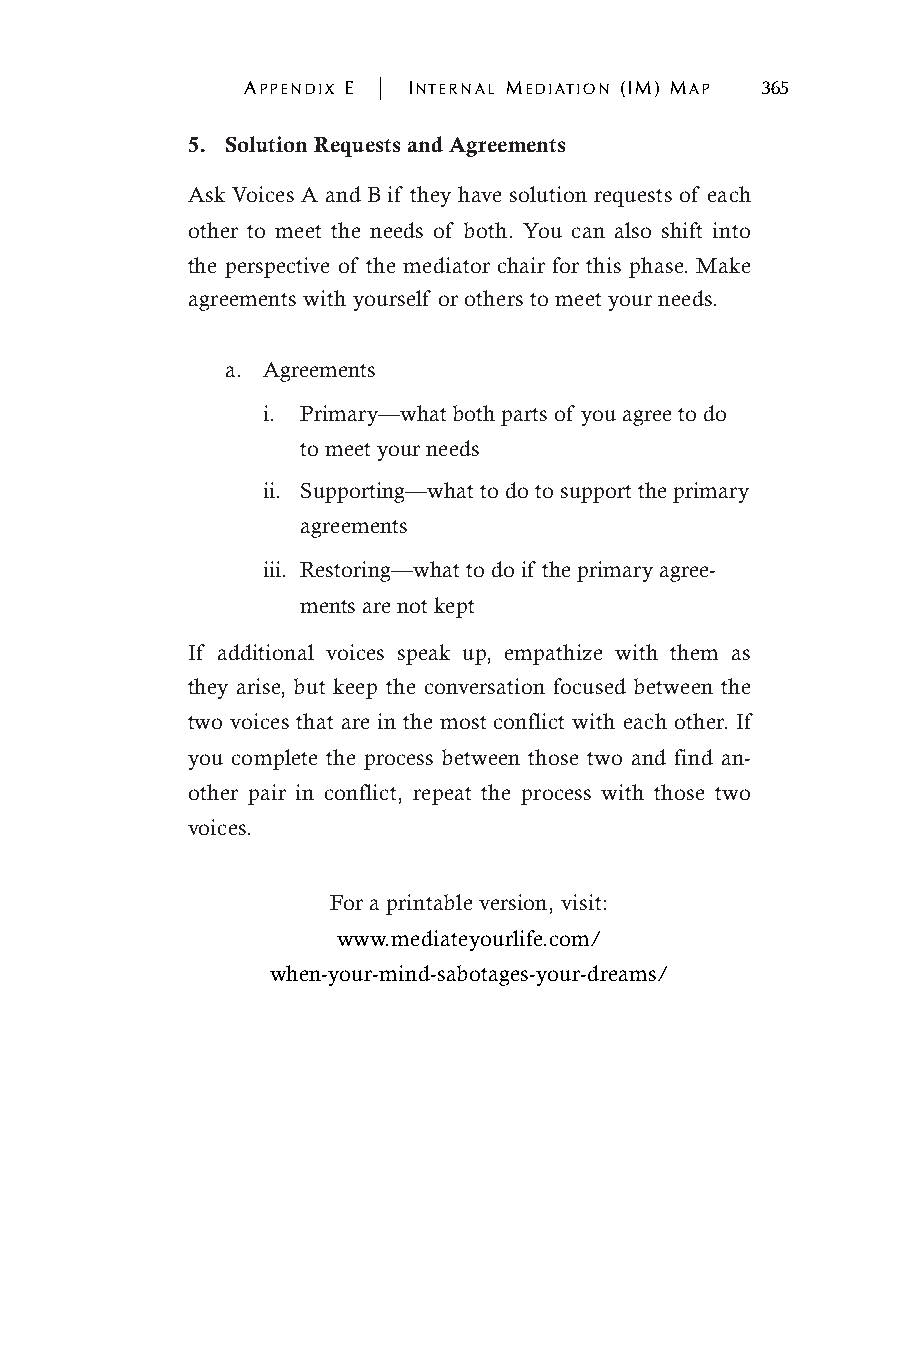
APPENDIX E | INTERNAL MEDIATION (IM) MAP 365
 5. Solution Requests and Agreements
 Ask Voices A and B if they have solution requests of each
 other to meet the needs of both. You can also shift into
 the perspective of the mediator chair for this phase. Make
 agreements with yourself or others to meet your needs.
 a. Agreements
 i. Primary—what both parts of you agree to do
 to meet your needs
 ii. Supporting—what to do to support the primary
 agreements
 iii. Restoring—what to do if the primary agree-
 ments are not kept
 If additional voices speak up, empathize with them as
 they arise, but keep the conversation focused between the
 two voices that are in the most conflict with each other. If
 you complete the process between those two and find an-
 other pair in conflict, repeat the process with those two
 voices.
 For a printable version, visit:
 www.mediateyourlife.com/
 when-your-mind-sabotages-your-dreams/